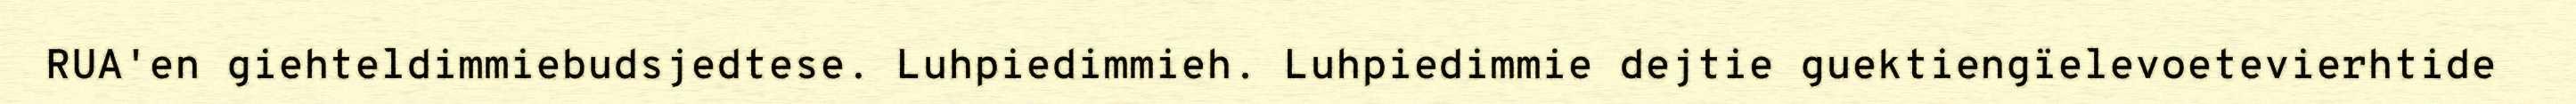
RUA'en giehteldimmiebudsjedtese. Luhpiedimmieh. Luhpiedimmie dejtie guektiengïelevoetevierhtide